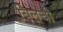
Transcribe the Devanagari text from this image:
बिलची